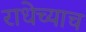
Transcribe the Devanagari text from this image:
राधेच्याच